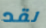
لقد